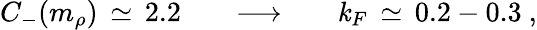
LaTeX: C_{-}(m_{\rho})\, \simeq\, 2.2\; \; \; \; \; \; \longrightarrow\; \; \; \; \; \; \mathit{k}_{F}\, \simeq\, 0.2-0.3~,